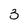
Character: 3